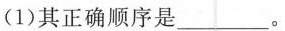
(1)其正确顺序是：\underline 。